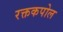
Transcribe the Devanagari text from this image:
रक्तकपोल